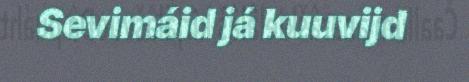
Sevimáid já kuuvijd